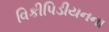
વિકીપિડીયનના